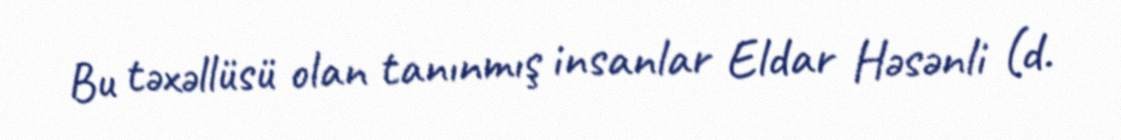
Bu təxəllüsü olan tanınmış insanlar Eldar Həsənli (d.